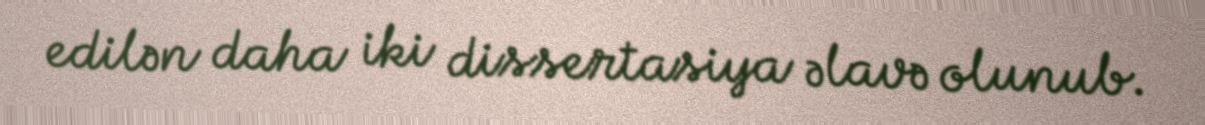
edilən daha iki dissertasiya əlavə olunub.